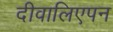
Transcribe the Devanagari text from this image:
दीवालिएपन